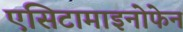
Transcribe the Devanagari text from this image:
एसिटामाइनोफेन